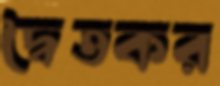
দ্বৈতকর